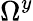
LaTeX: \Omega^{y}